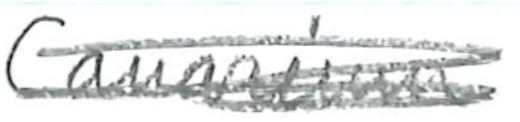
Text: Canarium
Cross-out: scratch
Writing tool: pencil